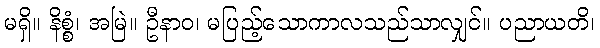
မရှိ။ နိစ္စံ၊ အမြဲ။ ဦနာဝ၊ မပြည့်သောကာလသည်သာလျှင်။ ပညာယတိ၊